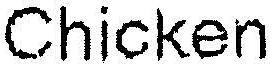
CHICKEN